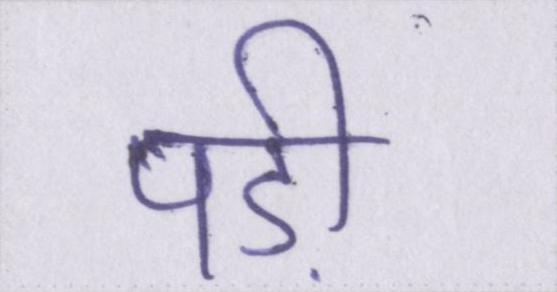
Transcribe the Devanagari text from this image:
पड़ी